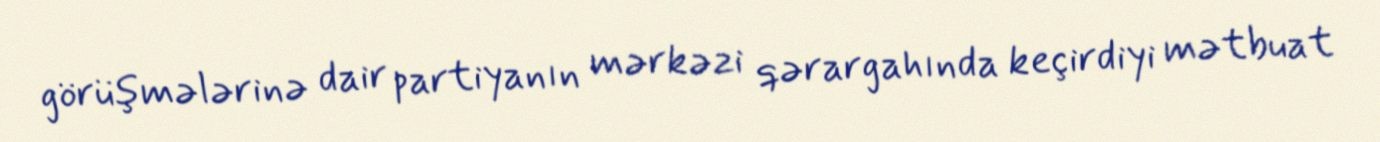
görüşmələrinə dair partiyanın mərkəzi qərargahında keçirdiyi mətbuat